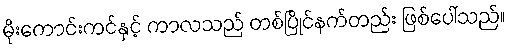
မိုးကောင်းကင်နှင့် ကာလသည် တစ်ပြိုင်နက်တည်း ဖြစ်ပေါ်သည်။